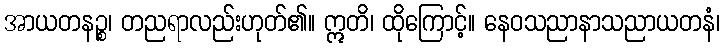
အာယတနဉ္စ၊ တညရာလည်းဟုတ်၏။ ဣတိ၊ ထိုကြောင့်။ နေဝသညာနာသညာယတနံ၊